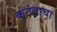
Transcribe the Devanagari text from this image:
कुटंबाचा